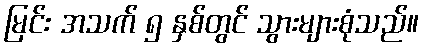
မြင်း အသက် ၅ နှစ်တွင် သွားများစုံသည်။